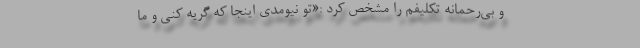
و بی‌رحمانه تکلیفم را مشخص کرد :«تو نیومدی اینجا که گریه کنی و ما